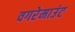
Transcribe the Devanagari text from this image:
वगरेमाउंट